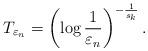
LaTeX: \begin{align*}T_{\varepsilon_{n}}=\left(\log\frac{1}{\varepsilon_{n}}\right)^{-\frac{1}{s_{k}}}.\end{align*}